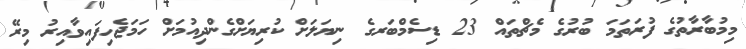
މިމުބާރާތުގެ ފުރަތަމަ ބުރުގެ މެޗްތައް 23 ޑިސެމްބަރގެ ނިޔަލަށް ކުރިޔަށްގެންދިއުމަށް ހަމަޖެހިފައިވާއިރު މިރޭ